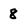
Character: 8